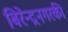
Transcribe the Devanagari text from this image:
बिरेन्द्रनगरकी